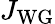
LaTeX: J_{\mathrm{WG}}